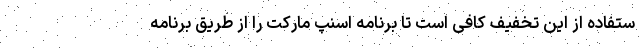
ستفاده از این تخفیف کافی است تا برنامه اسنپ مارکت را از طریق برنامه